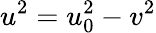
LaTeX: u^{2}=u_{0}^{2}-v^{2}